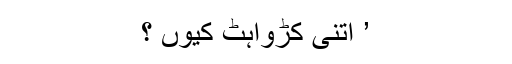
’ اتنی کڑواہٹ کیوں ؟